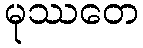
မုဿတေ